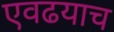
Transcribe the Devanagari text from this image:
एवढयाच